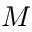
M